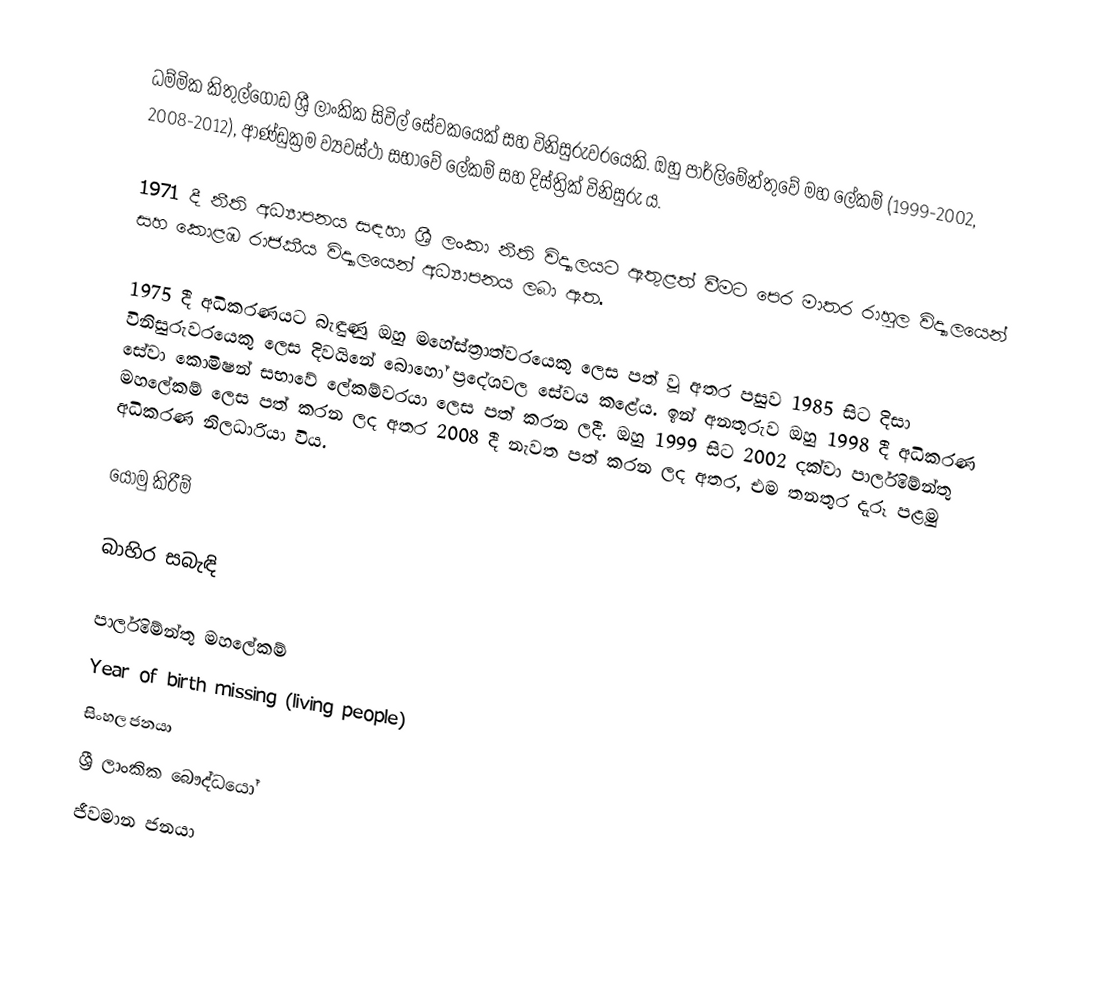
ධම්මික කිතුල්ගොඩ ශ්‍රී ලාංකික සිවිල් සේවකයෙක් සහ විනිසුරුවරයෙකි. ඔහු පාර්ලිමේන්තුවේ මහ ලේකම් (1999-2002, 2008-2012), ආණ්ඩුක්‍රම ව්‍යවස්ථා සභාවේ ලේකම් සහ දිස්ත්‍රික් විනිසුරු ය.

1971 දී නීති අධ්‍යාපනය සඳහා ශ්‍රී ලංකා නීති විද්‍යාලයට ඇතුළත් වීමට පෙර මාතර රාහුල විද්‍යාලයෙන් සහ කොළඹ රාජකීය විද්‍යාලයෙන් අධ්‍යාපනය ලබා ඇත.

1975 දී අධිකරණයට බැඳුණු ඔහු මහේස්ත්‍රාත්වරයෙකු ලෙස පත් වූ අතර පසුව 1985 සිට දිසා විනිසුරුවරයෙකු ලෙස දිවයිනේ බොහෝ ප්‍රදේශවල සේවය කළේය. ඉන් අනතුරුව ඔහු 1998 දී අධිකරණ සේවා කොමිෂන් සභාවේ ලේකම්වරයා ලෙස පත් කරන ලදී. ඔහු 1999 සිට 2002 දක්වා පාර්ලිමේන්තු මහලේකම් ලෙස පත් කරන ලද අතර 2008 දී නැවත පත් කරන ලද අතර, එම තනතුර දැරූ පළමු අධිකරණ නිලධාරියා විය.

යොමු කිරීම්

බාහිර සබැඳි

 පාර්ලිමේන්තු මහලේකම්
Year of birth missing (living people)
සිංහල ජනයා
ශ්‍රී ලාංකික බෞද්ධයෝ
ජීවමාන ජනයා